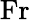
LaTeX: \textrm{Fr}